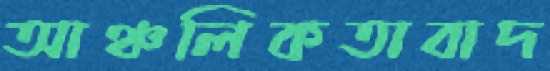
আঞ্চলিকতাবাদ